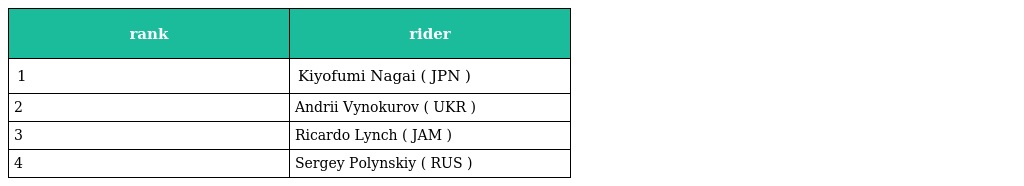
| rank | rider |
 | --- | --- |
 | 1 | Kiyofumi Nagai ( JPN ) |
 | 2 | Andrii Vynokurov ( UKR ) |
 | 3 | Ricardo Lynch ( JAM ) |
 | 4 | Sergey Polynskiy ( RUS ) |